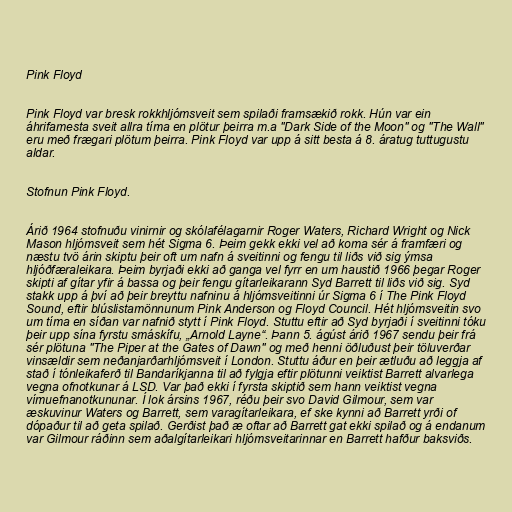
Pink Floyd

Pink Floyd var bresk rokkhljómsveit sem spilaði framsækið rokk. Hún var ein
áhrifamesta sveit allra tíma en plötur þeirra m.a "Dark Side of the Moon" og "The Wall"
eru með frægari plötum þeirra. Pink Floyd var upp á sitt besta á 8. áratug tuttugustu
aldar.

Stofnun Pink Floyd.

Árið 1964 stofnuðu vinirnir og skólafélagarnir Roger Waters, Richard Wright og Nick
Mason hljómsveit sem hét Sigma 6. Þeim gekk ekki vel að koma sér á framfæri og
næstu tvö árin skiptu þeir oft um nafn á sveitinni og fengu til liðs við sig ýmsa
hljóðfæraleikara. Þeim byrjaði ekki að ganga vel fyrr en um haustið 1966 þegar Roger
skipti af gítar yfir á bassa og þeir fengu gítarleikarann Syd Barrett til liðs við sig. Syd
stakk upp á því að þeir breyttu nafninu á hljómsveitinni úr Sigma 6 í The Pink Floyd
Sound, eftir blúslistamönnunum Pink Anderson og Floyd Council. Hét hljómsveitin svo
um tíma en síðan var nafnið stytt í Pink Floyd. Stuttu eftir að Syd byrjaði í sveitinni tóku
þeir upp sína fyrstu smáskífu, „Arnold Layne“. Þann 5. ágúst árið 1967 sendu þeir frá
sér plötuna "The Piper at the Gates of Dawn" og með henni öðluðust þeir töluverðar
vinsældir sem neðanjarðarhljómsveit í London. Stuttu áður en þeir ætluðu að leggja af
stað í tónleikaferð til Bandaríkjanna til að fylgja eftir plötunni veiktist Barrett alvarlega
vegna ofnotkunar á LSD. Var það ekki í fyrsta skiptið sem hann veiktist vegna
vímuefnanotkununar. Í lok ársins 1967, réðu þeir svo David Gilmour, sem var
æskuvinur Waters og Barrett, sem varagítarleikara, ef ske kynni að Barrett yrði of
dópaður til að geta spilað. Gerðist það æ oftar að Barrett gat ekki spilað og á endanum
var Gilmour ráðinn sem aðalgítarleikari hljómsveitarinnar en Barrett hafður baksviðs.